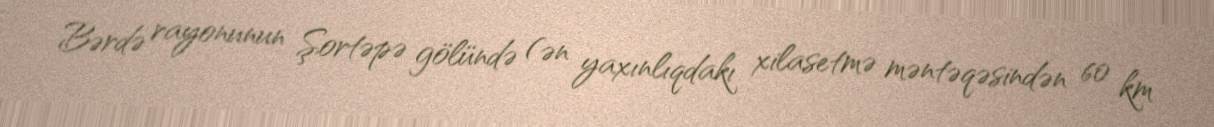
Bərdə rayonunun Şortəpə gölündə (ən yaxınlıqdakı xilasetmə məntəqəsindən 60 km